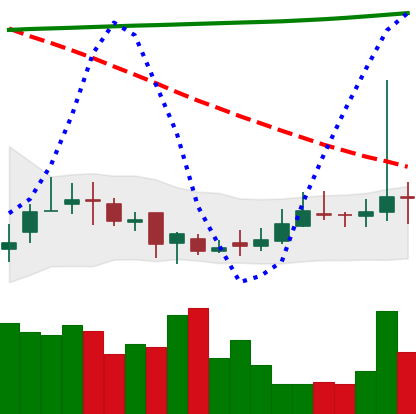
Ticker: DOGE-USD
Chart end date: 2020-10-27
Forward return: -3.549%
Label: down_3_5